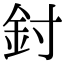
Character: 𨥇